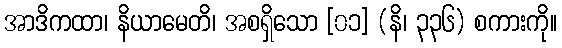
အာဒိကထာ၊ နိယာမေတိ၊ အစရှိသော [၀၁] (နိ၊ ၃၃၆) စကားကို။